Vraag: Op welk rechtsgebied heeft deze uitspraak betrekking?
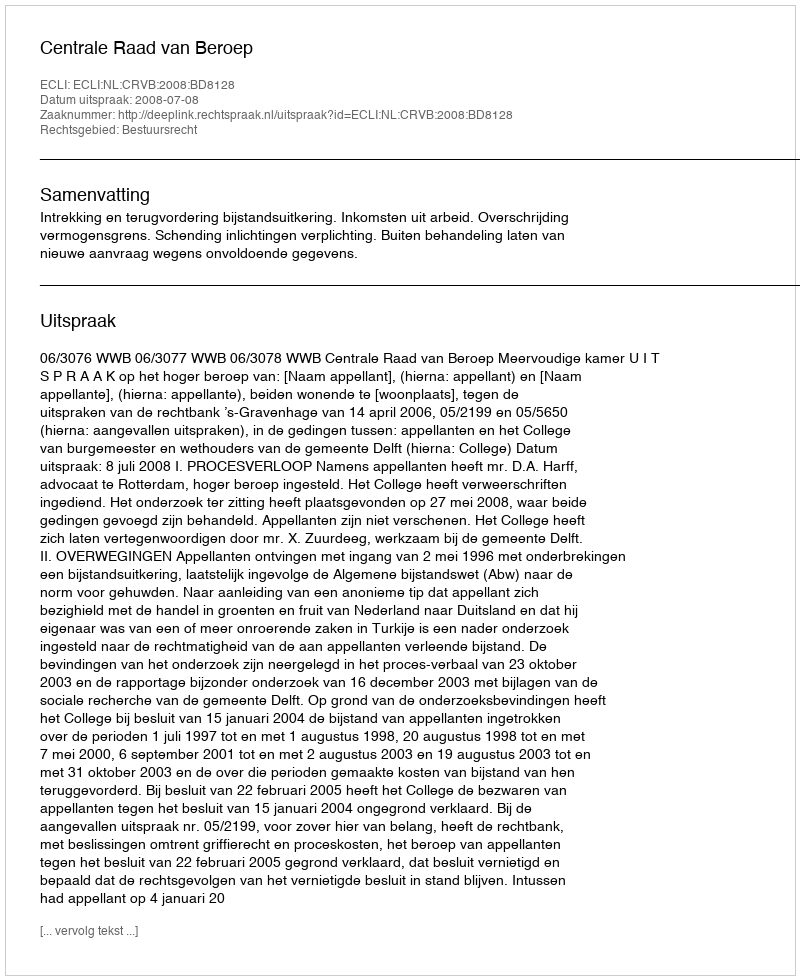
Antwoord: Bestuursrecht